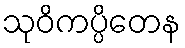
သုဝိကပ္ပိတေန